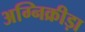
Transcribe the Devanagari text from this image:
अग्निक्रीड़ा